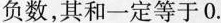
负数，其和一定等于0.